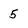
Character: 5